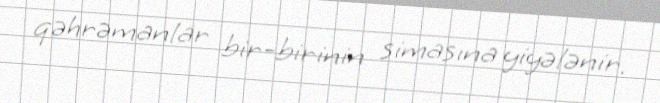
qəhrəmanlar bir-birinin simasına yiyələnir.